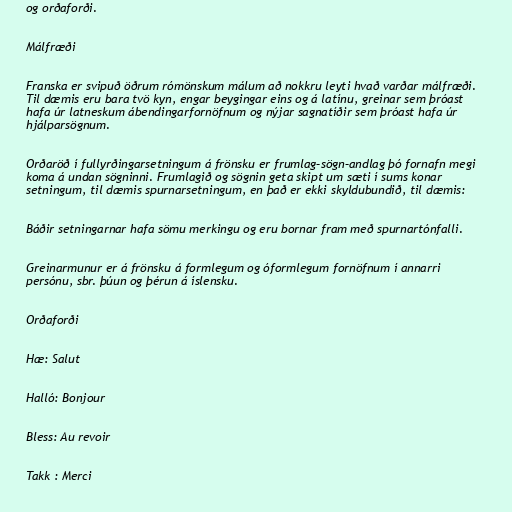
og orðaforði.

Málfræði

Franska er svipuð öðrum rómönskum málum að nokkru leyti hvað varðar málfræði.
Til dæmis eru bara tvö kyn, engar beygingar eins og á latínu, greinar sem þróast
hafa úr latneskum ábendingarfornöfnum og nýjar sagnatíðir sem þróast hafa úr
hjálparsögnum.

Orðaröð í fullyrðingarsetningum á frönsku er frumlag–sögn–andlag þó fornafn megi
koma á undan sögninni. Frumlagið og sögnin geta skipt um sæti í sums konar
setningum, til dæmis spurnarsetningum, en það er ekki skyldubundið, til dæmis:

Báðir setningarnar hafa sömu merkingu og eru bornar fram með spurnartónfalli.

Greinarmunur er á frönsku á formlegum og óformlegum fornöfnum í annarri
persónu, sbr. þúun og þérun á íslensku.

Orðaforði

Hæ: Salut

Halló: Bonjour

Bless: Au revoir

Takk : Merci